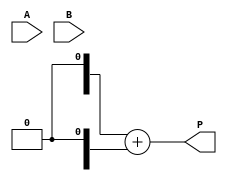
module wallace_tree_multiplier #(parameter N = 4, M = 4) (
    input  wire [N-1:0] A,   // Multiplicand
    input  wire [M-1:0] B,   // Multiplier
    output wire [N+M-1:0] P  // Product
);

    // Partial Product Generation
    wire [N*M-1:0] PP; // Partial Products
    genvar i, j;
    generate
        for (i = 0; i < M; i = i + 1) begin : part_prod_gen
            for (j = 0; j < N; j = j + 1) begin : bitwise_and
                assign PP[i*N + j] = A[j] & B[i];
            end
        end
    endgenerate

    // Wallace Tree Reduction
    wire [N*M-1:0] S;  // Sums
    wire [N*M-1:0] C;  // Carries
    wire [N*M-1:0] R;  // Resulting bits after reduction
    wire [N*M/2-1:0] final_sum; // Final 2 rows to be summed

    // Reduction Levels
    generate
        for (i = 0; i < M; i = i + 1) begin : reduction_stage
            if (i < M-1) begin
                // Half Adders and Full Adders for reduction
                if (i % 2 == 0) begin
                    assign S[i] = PP[i] ^ PP[i+1]; // Half Adder
                    assign C[i] = PP[i] & PP[i+1];
                end else begin
                    assign S[i] = PP[i] ^ PP[i+1] ^ C[i-1]; // Full Adder
                    assign C[i] = (PP[i] & PP[i+1]) | (C[i-1] & (PP[i] ^ PP[i+1]));
                end
            end
        end
    endgenerate

    // Final Summation (simple adder)
    wire [N+M-1:0] final_sum_out;
    assign final_sum_out = final_sum + {final_sum[M-1:N], 1'b0}; // Adjust for the final bits

    // Product Assignment
    assign P = final_sum_out;

endmodule